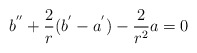
\begin{align*}b^{''}+\frac{2}{r}(b^{'}-a^{'})-\frac{2}{r^2}a=0\end{align*}